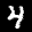
Label: 4